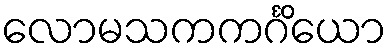
လောမသကကင်္ဂိယော